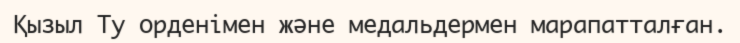
Қызыл Ту орденімен және медальдермен марапатталған.